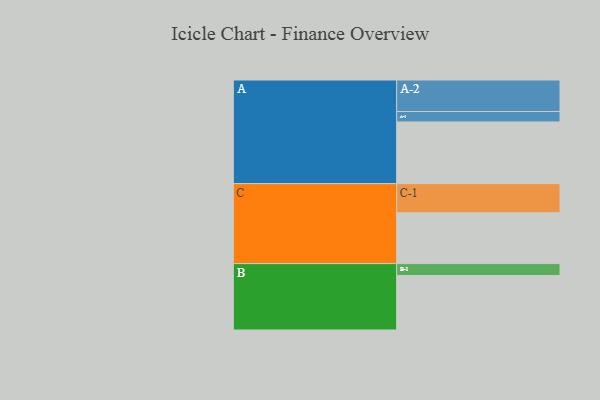
{"axis": {"x": "Segment", "y": "Value"}, "legend": ["", "A", "B", "C"], "data": [{"x": "A", "y": 562, "type": ""}, {"x": "B", "y": 496, "type": ""}, {"x": "C", "y": 463, "type": ""}, {"x": "A-1", "y": 95, "type": "A"}, {"x": "A-2", "y": 287, "type": "A"}, {"x": "B-1", "y": 109, "type": "B"}, {"x": "C-1", "y": 266, "type": "C"}]}